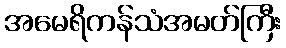
အမေရိကန်သံအမတ်ကြီး